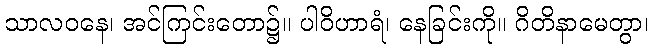
သာလဝနေ၊ အင်ကြင်းတော၌။ ပါဝိဟာရံ၊ နေခြင်းကို။ ဂိတိနာမေတွာ၊